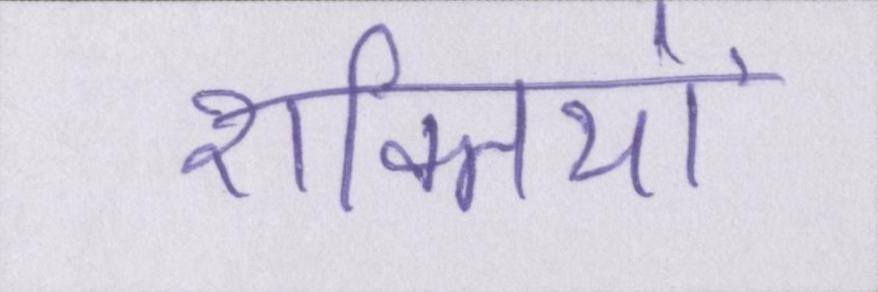
शक्तियों